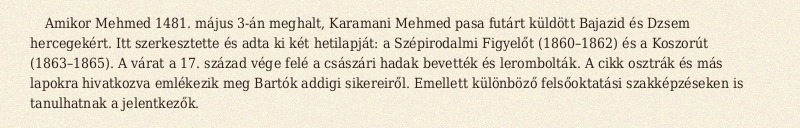
Amikor Mehmed 1481. május 3-án meghalt, Karamani Mehmed pasa futárt küldött Bajazid és Dzsem hercegekért. Itt szerkesztette és adta ki két hetilapját: a Szépirodalmi Figyelőt (1860–1862) és a Koszorút (1863–1865). A várat a 17. század vége felé a császári hadak bevették és lerombolták. A cikk osztrák és más lapokra hivatkozva emlékezik meg Bartók addigi sikereiről. Emellett különböző felsőoktatási szakképzéseken is tanulhatnak a jelentkezők.